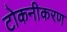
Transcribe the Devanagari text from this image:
टोकनीकरण